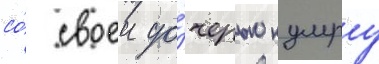
со́ своеи до́черью кумру